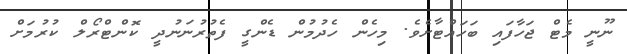
ނޫނީ މެޓް ޖަހާފައި ބަހައްޓާށެވެ. މިހެން ހެދުމުން ޑެންގީ ފެތުރުނަނުދީ ކޮންޓްރޯލް ކުރުމަށް